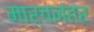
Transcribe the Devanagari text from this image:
मार्चनंतर